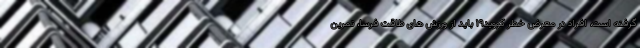
گرفته است، افراد در معرض خطر کووید۱۹ باید از ورزش های طاقت فرسا، تمرین